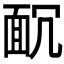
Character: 𩈌